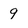
Character: 9